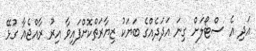
އަދި އެ ސްޓޯލަށް ގިނަ އަދަދެއްގެ ބަޔަކު ޒިޔާރަތްކޮށްފައިވާ އިރު ރާއްޖެއާ ގުޅޭ